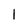
Character: 1